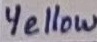
Text: Yellow